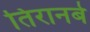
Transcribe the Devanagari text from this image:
तिरानबे